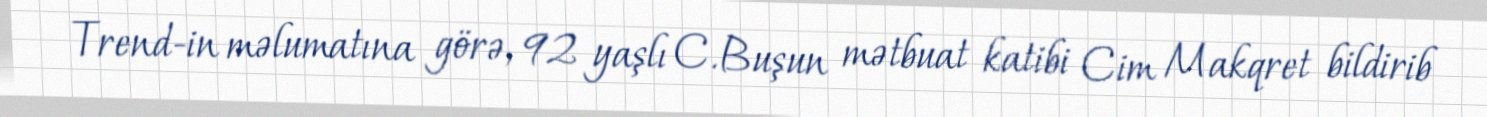
Trend-in məlumatına görə, 92 yaşlı C.Buşun mətbuat katibi Cim Makqret bildirib